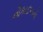
નૌકાદળનો